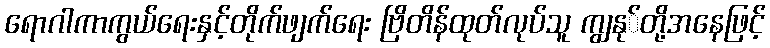
ရောဂါကာကွယ်ရေးနှင့်တိုက်ဖျက်ရေး ဗြိတိန်ထုတ်လုပ်သူ ကျွနု်တို့အနေဖြင့်